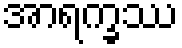
အာရက္ခဿ